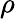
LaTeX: \rho